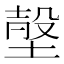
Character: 𡎷